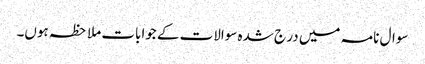
سوال نامہ میں در ج شدہ سوالات کے جوابات ملاحظہ ہوں۔